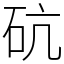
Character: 砊